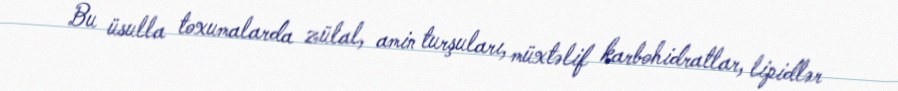
Bu üsulla toxumalarda zülal, amin turşuları, müxtəlif karbohidratlar, lipidlər